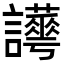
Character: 𧮉